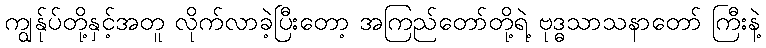
ကျွန်ုပ်တို့နှင့်အတူ လိုက်လာခဲ့ပြီးတော့ အကြည်တော်တို့ရဲ့ ဗုဒ္ဓသာသနာတော် ကြီးနဲ့